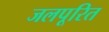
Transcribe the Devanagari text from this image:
जलपूरित